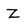
Character: z